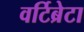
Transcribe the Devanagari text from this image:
वर्टिब्रेटा